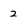
Character: 2